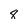
Character: 8